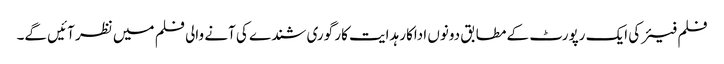
فلم فیئر کی ایک رپورٹ کے مطابق دونوں اداکار ہدایت کار گوری شندے کی آنے والی فلم میں نظر آئیں گے۔